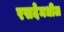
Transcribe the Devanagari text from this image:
रसदेमधील